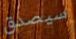
سيصدق